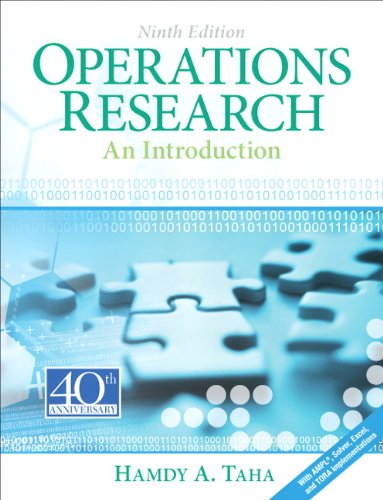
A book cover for Operations Research: An Introduction (9th Edition); Hamdy A. Taha; Business & Money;